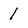
Character: 1